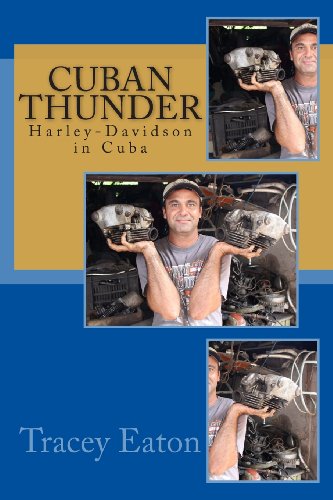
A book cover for Cuban Thunder: Harley-Davidson in Cuba; Tracey Eaton; Travel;